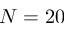
N = 2 0